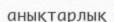
анықтарлық